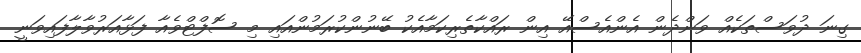
ގިނަ ދުވަސްތަކެއް ވަންދެން އެންއެސްއޭ އިން ރައްކާތެރިކަމާއެކު ބޭނުންކުރަމުންއައި މި ސޮފްޓްވެއާ ފަޅާއަރުވާލާފައިވަނީ